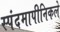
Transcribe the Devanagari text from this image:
स्पंदमापीनिकले